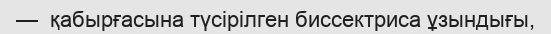
—  қабырғасына түсірілген биссектриса ұзындығы,